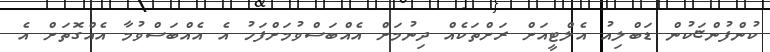
ކުންފުންޏަކުން ޑަބްލިއު އެލްޓީއަށް ރަށްތަކެއް ދިނުމަށް އެއްބަސްވުމަށްފަހު އެ އެއްބަސްވުމާ އެއްގޮތަށް އެ